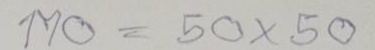
170 ช 50 x 50